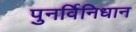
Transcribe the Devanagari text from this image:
पुनर्विनिधान